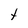
Character: t